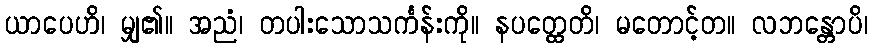
ယာပေဟိ၊ မျှ၏။ အညံ၊ တပါးသောသင်္ကန်းကို။ နပတ္ထေတိ၊ မတောင့်တ။ လဘန္တောပိ၊